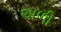
અળી